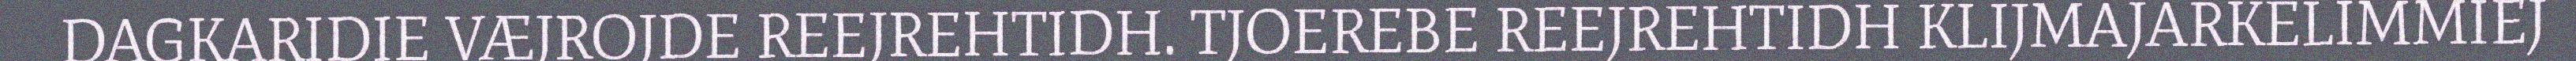
DAGKARIDIE VÆJROJDE REEJREHTIDH. TJOEREBE REEJREHTIDH KLIJMAJARKELIMMIEJ